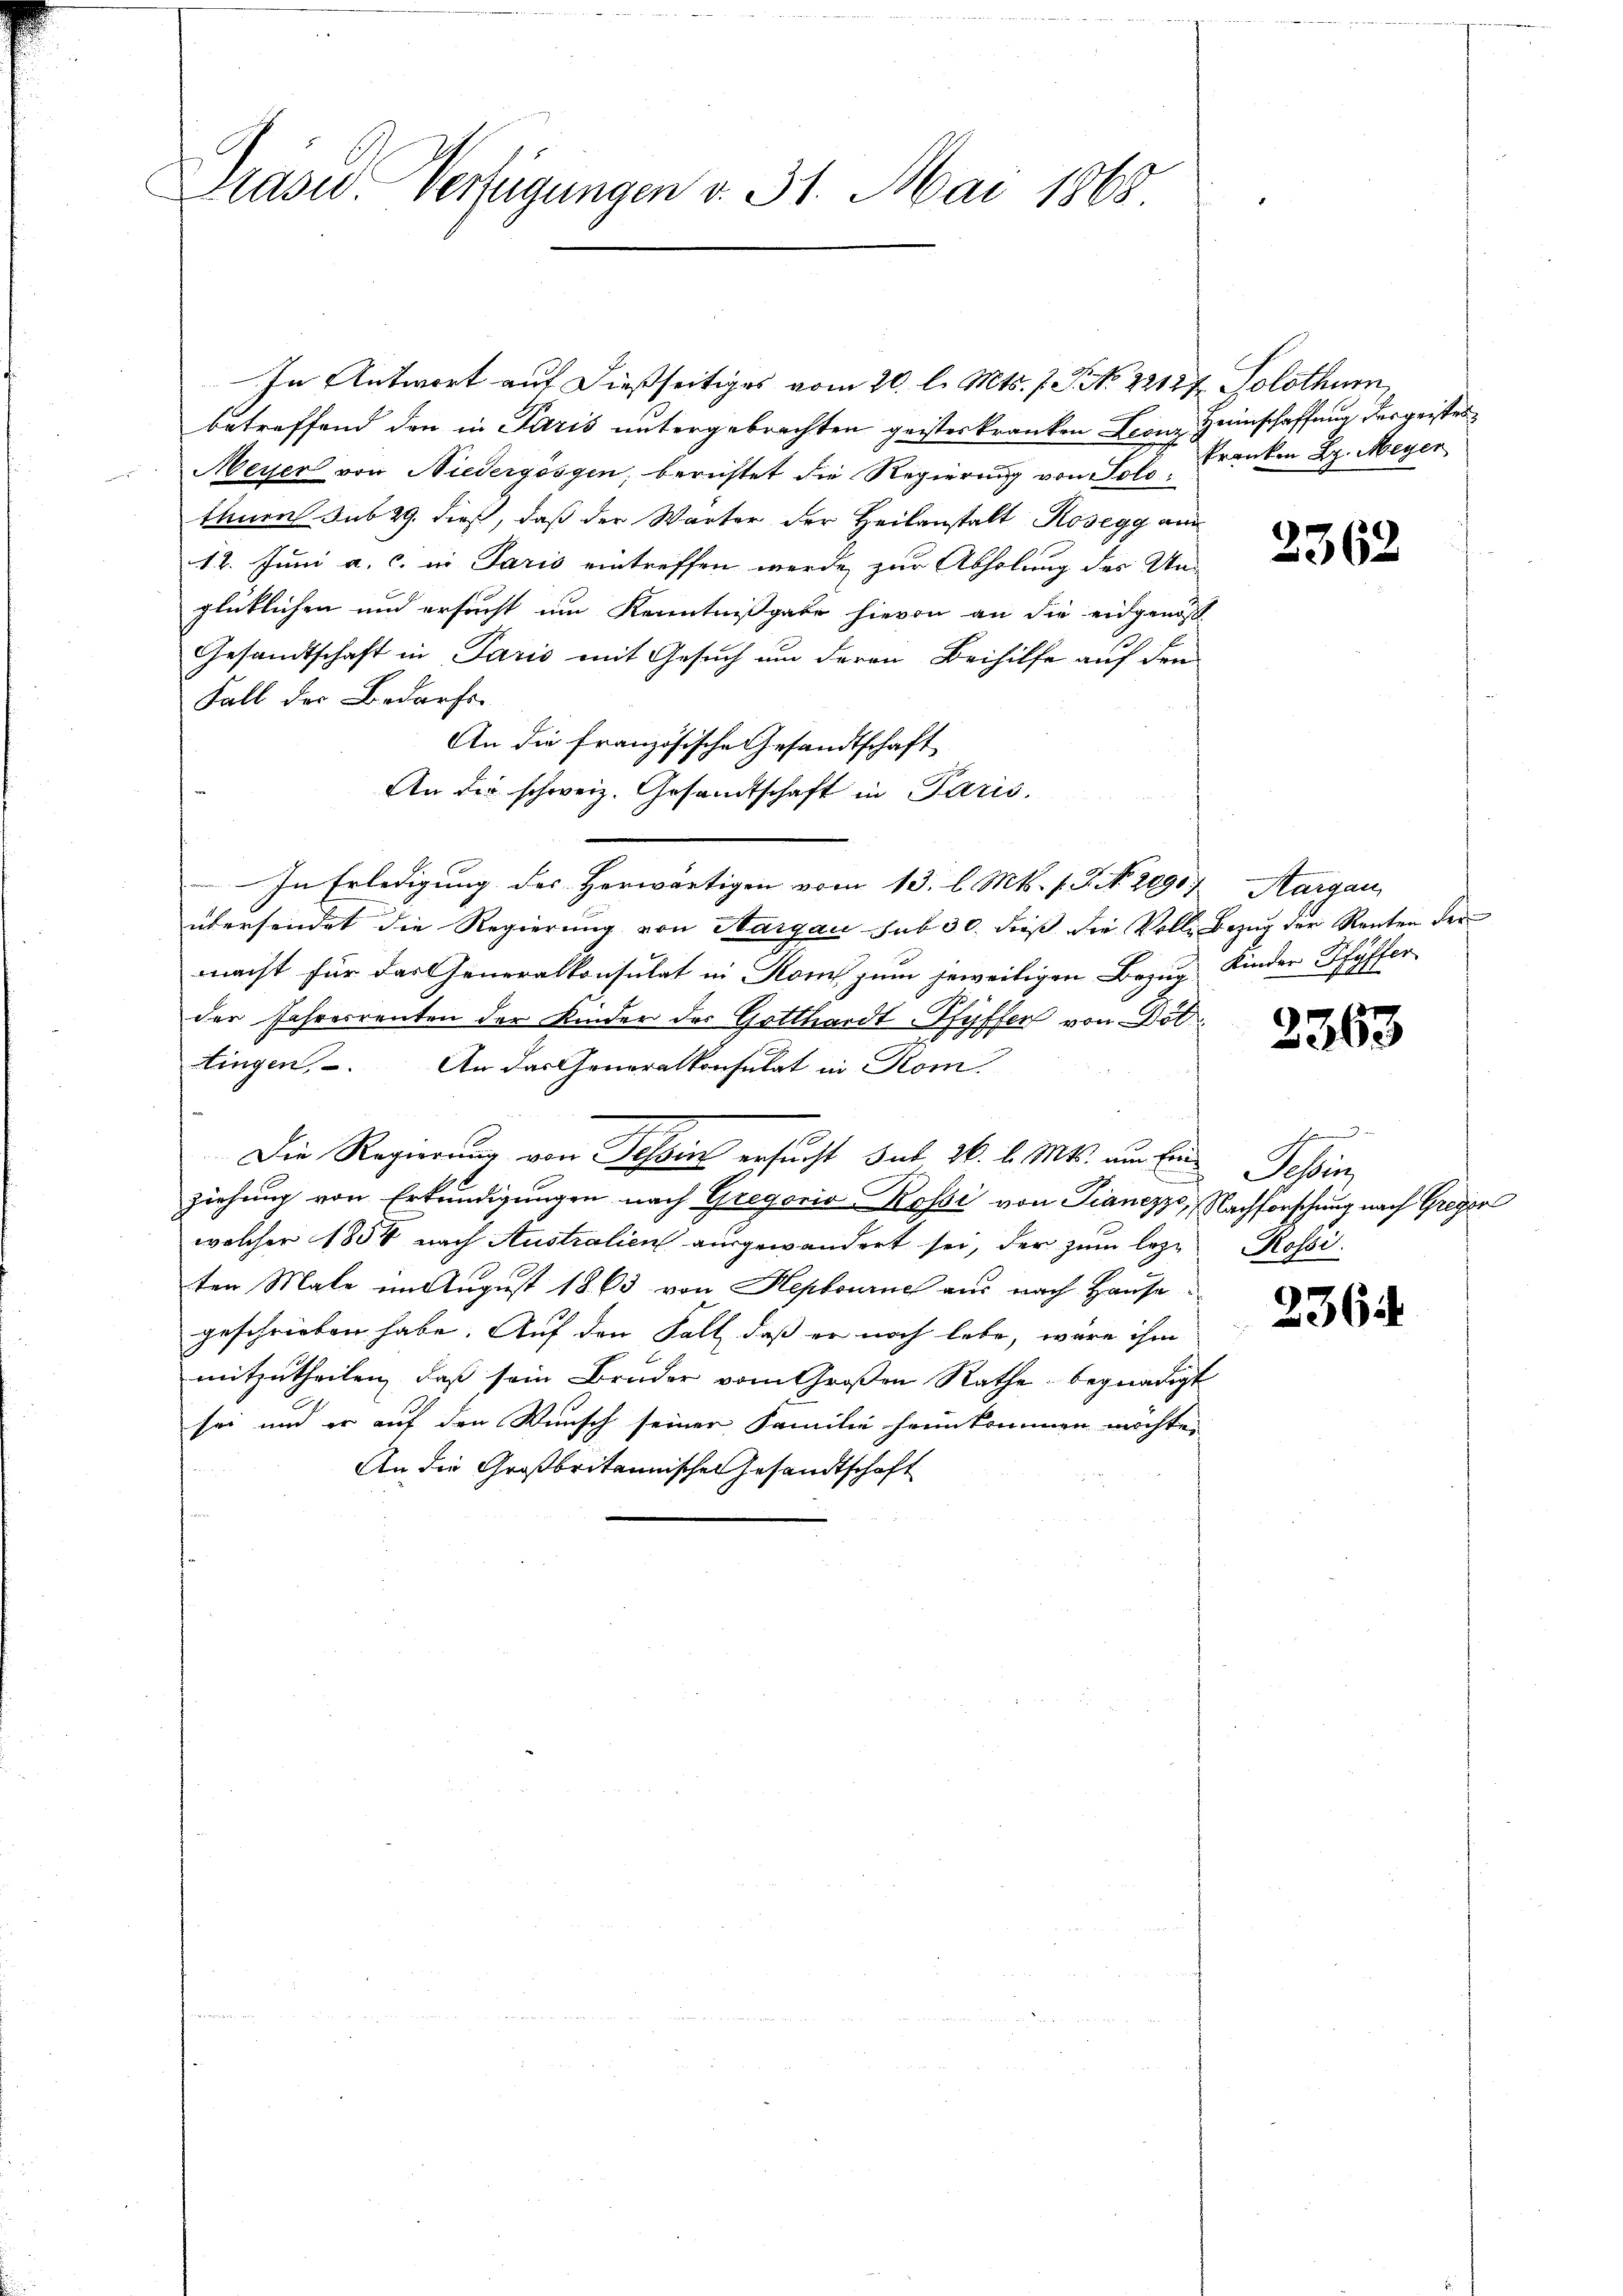
Präses Verfügungen v. 31. Mai 1865

In Antwort auf dießseitiges vom 20. l. Mts. f. S. 22127. Solothur
betreffend den in Paris untergebrachten geisteskranken Leonz Heinschaffung der geister
Meyer von Niedergösgen, berichtet die Regierung von Solo, Franken L. Meyer
thnen sub 29. dieß, daß der Wärter der Heilanstalt Kosegg an
12. Juni a. c. in Paris eintreffen werde zur Abholung der Un-
glücklichen und ersucht um Kenntnißgabe hievon an die eidgenos
Gesandtschaft in Paris mit Gesuch um deren Beihilfe auf den
Fall der Bedarfs.
An die französische Gesandtschaft
An der schweiz. Gesandtschaft in Paris.
In Erledigung des Herwärtigen vom 13. l. Mts. f. P. Nr. 2090
übersendet die Regierung von Aargau sub 30. dieß die Volle Bezug der Renten der
macht für das Generalkonsulat in Rom zum jeweiligen Bezug Kinder Pfyffer
der Fahresrenten der Kinder der Gotthardt-Pfyffer von Döttingen. An das Generalkonsulat in Rom.
Die Regierung von Tessin ersucht sub 26. l. Mts. am Ein Tessin,
ziehung von Erkundigungen nach Gregoris Kossi von Dianezzo, Nachforschung nach Greyer
welcher 1856 nach Australien ausgewandert sei, der zum lezten Male im August 1863 von Heptourne aus nach Hause
geschrieben habe. Auf den Fall, daß er noch lebe, wäre ihm
mitzutheilen, daß sein Bruder vom Großen Rathe begnadigt
sei und er auf den Wunsch seiner Familie heimkommen möchte,
An die Großbritannischen Gesandtschaft

2362

Margau

2363

e
Hasse

2364